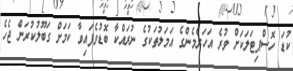
ކުޑަ ހޮސްޕިޓަލަކަށް ވުރެ އަހަރެމެންގެ އަމަލުތަކުގެ ނުރައްކާ ބޮޑުވެފައިވާ ކަމަށް ގަބޫލުކުރަން ޖެހެ